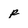
Character: p